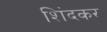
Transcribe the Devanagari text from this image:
शिंदकर